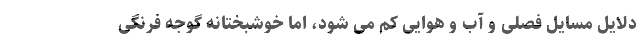
دلایل مسایل فصلی و آب و هوایی کم می شود، اما خوشبختانه گوجه فرنگی